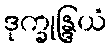
ဒုက္ခုန္ဒြယံ